Mental hospitals Bombay report 1921-28 - 1921-1928
Year: 1921
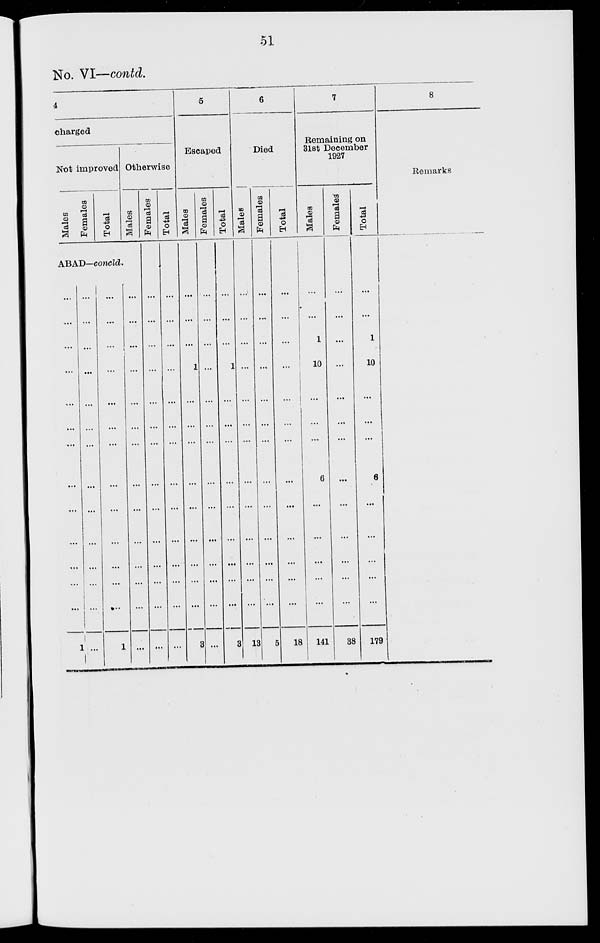
51
No. VI—contd.
4
charged
Not improved
Males
Females
Total
ABAD—concld.
...
...
...
...
...
...
...
...
...
...
...
...
1
...
...
...
...
...
...
...
...
...
...
...
...
...
...
...
...
...
...
...
...
...
...
...
...
...
1
Otherwise
Males
...
...
...
...
...
...
...
...
...
...
...
...
...
Females
...
...
...
...
...
...
...
...
...
...
...
...
...
Total
...
...
...
...
...
...
...
...
...
...
...
...
...
5
Escaped
Males
...
...
...
1
...
...
...
...
...
...
...
...
3
Females
...
...
...
...
...
...
...
...
...
...
...
...
...
Total
...
...
...
1
...
...
...
...
...
...
...
...
3
6
Died
Males
...
...
...
...
...
...
...
...
...
...
...
...
13
Females
...
...
...
...
...
...
...
...
...
...
...
...
5
Total
...
...
...
...
...
...
...
...
...
...
...
...
18
7
Remaining on
31st December
1927
Males
...
...
1
10
...
...
...
6
...
...
...
...
141
Females
...
...
...
...
...
...
...
...
...
...
...
...
38
Total
...
...
1
10
...
...
...
6
...
...
...
...
179
8
Remarks